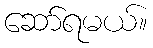
ဆော်ရမယ်။